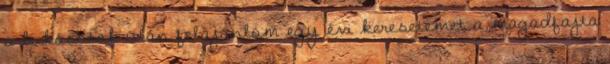
a bukásotok után felajánlom egy évi keresetemet a magadfajta